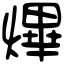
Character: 熚